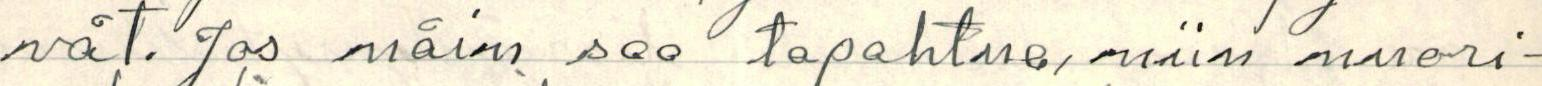
vät. Jos näin saa tapahtua, niin nuori-